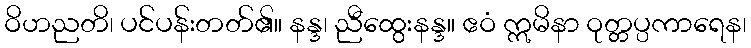
ဝိဟညတိ၊ ပင်ပန်းတတ်၏။ နန္ဒ၊ ညီထွေးနန္ဒ။ ဧဝံ ဣမိနာ ဝုတ္တပ္ပကာရေန၊